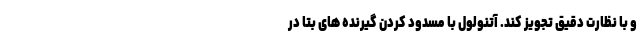
و با نظارت دقیق تجویز کند. آتنولول با مسدود کردن گیرنده های بتا در